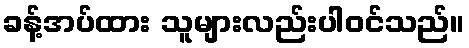
ခန့်အပ်ထား သူများလည်းပါဝင်သည်။